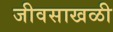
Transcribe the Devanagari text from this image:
जीवसाखळी